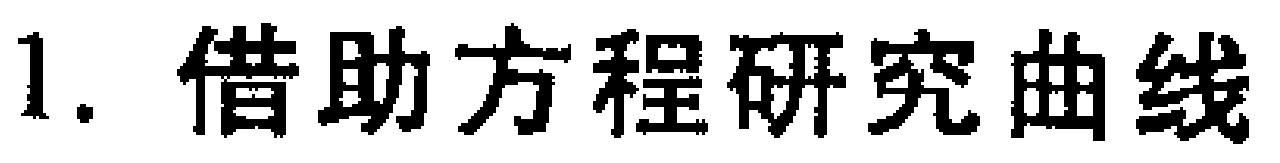
1. 借助方程研究曲线